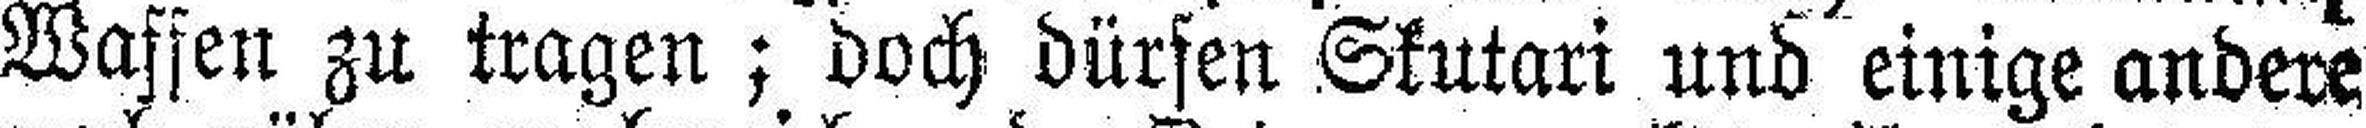
Waffen zu tragen; doch dürfen Skutari und einige andere